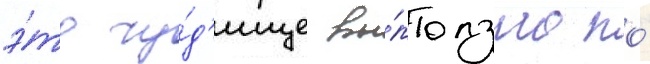
э́то чу́д'ище вы́ползло по́